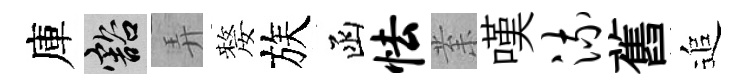
庫豁弄嫠族函怯𭪙嘆流舊追